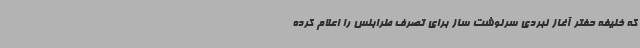
که خلیفه حفتر آغاز نبردی سرنوشت ساز برای تصرف طرابلس را اعلام کرده